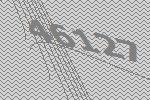
46127